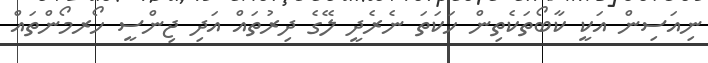
ނިއަސިން އަކީ ކާބޯތަކެތިން ހަކަތަ ނެރެދީ ލޭގެ ދިރުތައް އަދި ޖިންސީ ހޯރމޯންތައް